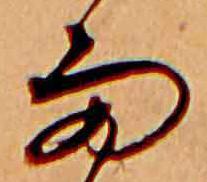
雨